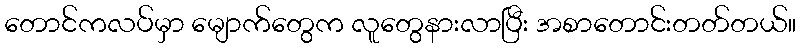
တောင်ကလပ်မှာ မျောက်တွေက လူတွေနားလာပြီး အစာတောင်းတတ်တယ်။